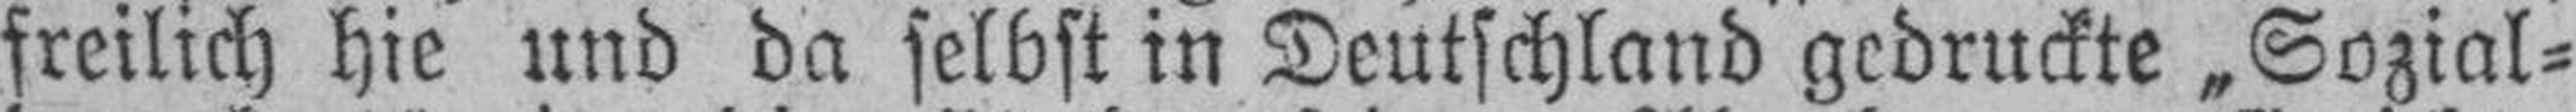
freilich hie und da selbst in Deutschland gedruckte „Sozial¬